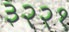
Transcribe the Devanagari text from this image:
३२२१